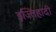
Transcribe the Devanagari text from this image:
इज्तिहादी